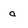
Character: a